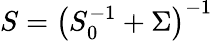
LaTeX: S=\left(S_{0}^{-1}+\Sigma\right)^{-1}